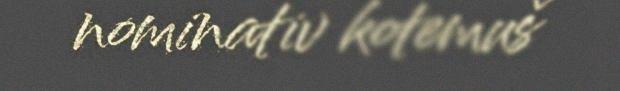
nominativ kotemuš